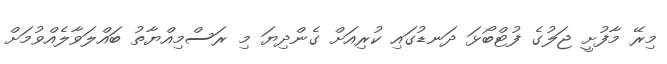
މިރޭ މާފުށީ ޖަލުގެ ފުޓްބޯޅަ ދަނޑުގައި ކުރިއަށް ގެންދިޔަ މި ރަސްމިއްޔާތު ބައްލަވާލެއްވުމަށް